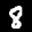
Label: 8